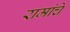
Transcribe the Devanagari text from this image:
रामांचे